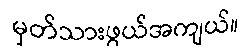
မှတ်သားဖွယ်အကျယ်။